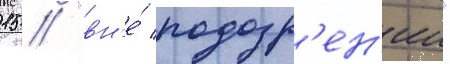
15 // "вн'е́ подозр'ен'ии"